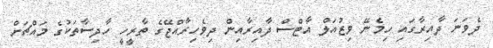
ދެވަނަ ދާއިރާގައި ހިމެނޭ ވިޒުއަލް އާޓްސް ދާއިރާއިން ދިވެހިރާއްޖޭގެ ތާރީހީ ހާދިސާތަކުގެ މައްޗަށް